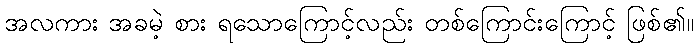
အလကား အခမဲ့ စား ရသောကြောင့်လည်း တစ်ကြောင်းကြောင့် ဖြစ်၏။